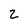
Character: z